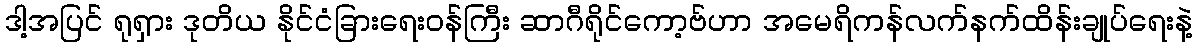
ဒါ့အပြင် ရုရှား ဒုတိယ နိုင်ငံခြားရေးဝန်ကြီး ဆာဂီရိုင်ကော့ဗ်ဟာ အမေရိကန်လက်နက်ထိန်းချုပ်ရေးနဲ့